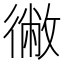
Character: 徶